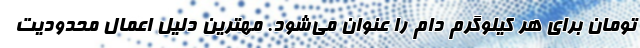
تومان برای هر کیلوگرم دام را عنوان می‌شود. مهترین دلیل اعمال محدودیت